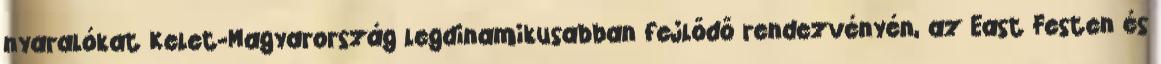
nyaralókat Kelet-Magyarország legdinamikusabban fejlődő rendezvényén, az East Festen és